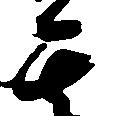
其